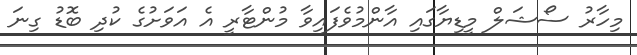
މިހާރު ސޯޝަލް މީޑިޔާގައި އާންމުވެފައިވާ މުންޓާރީ އެ އަވަށުގެ ކުދި ބޮޑު ގިނަ